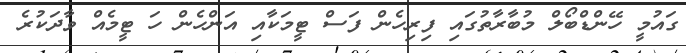
ގައުމީ ހޭންޑްބޯލް މުބާރާތުގައި ފިރިހެން ފަސް ޓީމަކާއި އަންހެން ހަ ޓީމެއް ވާދަކުރެ